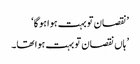
’نقصان تو بہت ہوا ہو گا‘
’ ہاں نقصان تو بہت ہوا تھا۔